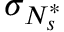
\sigma _ { N _ { s } ^ { \ast } }